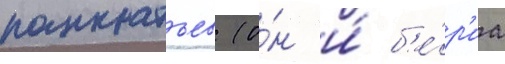
панкратьев (о́н и́ б'е́р'иа